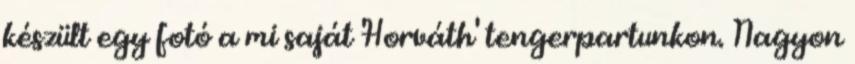
készült egy fotó a mi saját 'Horváth' tengerpartunkon. Nagyon